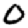
Digit: 0